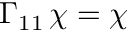
\Gamma _ { 1 1 } \, \chi = \chi